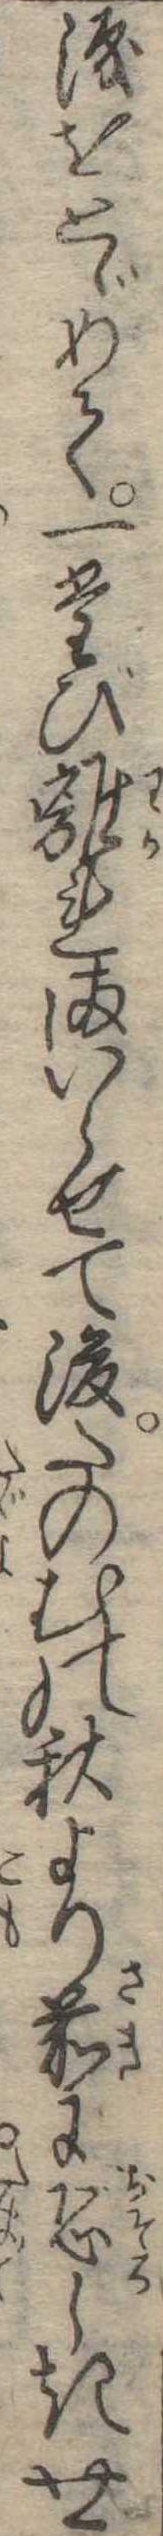
涙をとゞめて一たび離れまいらせて後たのむの秋より前に恐しき世